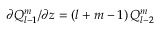
\partial Q _ { l - 1 } ^ { m } / \partial z = ( l + m - 1 ) \, Q _ { l - 2 } ^ { m }